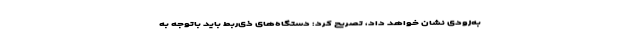
به‌زودی نشان خواهد داد، تصریح کرد: دستگاه‌های ذی‌ربط باید باتوجه به